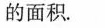
的面积。